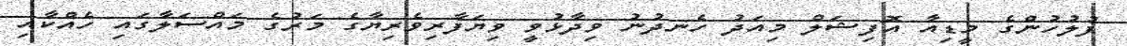
ފުލުހުންގެ މީޑިއާ އޮފިޝަލް މިއަދު ހެނދުނު ވިދާޅުވީ ވިޔަފާރިވެރިޔާގެ މަރުގެ މައްސަލާގައި ހެއްކާއި